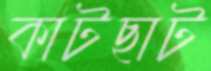
কাটছাট